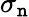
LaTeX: \sigma_{\mathtt{n}}